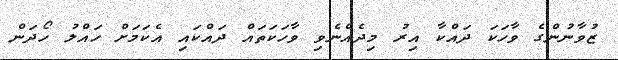
ޒުވާނުންގެ ވާހަކަ ދައްކާ އިރު މިދެއްނެވި ވާހަކަތައް ދައްކައި އެކަމަށް ހައްލު ހޯދަން